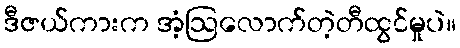
ဒီဇယ်ကားက အံ့ဩလောက်တဲ့တီထွင်မှုပဲ။